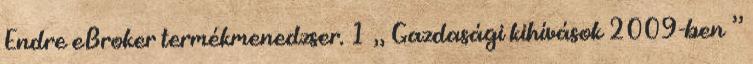
Endre eBroker termékmenedzser. 1 „ Gazdasági kihívások 2009-ben ”